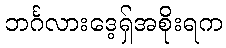
ဘင်္ဂလားဒေ့ရှ်အစိုးရက